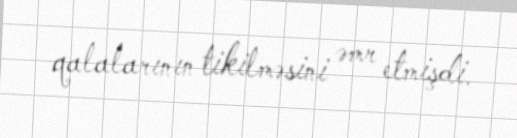
qalalarının tikilməsini əmr etmişdi.